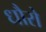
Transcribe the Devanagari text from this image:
धौरो